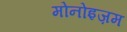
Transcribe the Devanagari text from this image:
मोनोइज़म